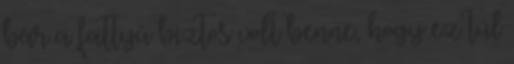
bár a fattyú biztos volt benne, hogy ez túl